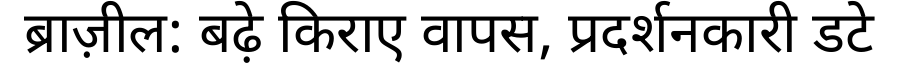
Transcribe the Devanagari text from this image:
ब्राज़ील: बढ़े किराए वापस, प्रदर्शनकारी डटे